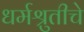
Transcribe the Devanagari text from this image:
धर्मश्रुतीचे